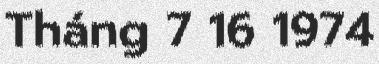
Tháng 7 16 1974